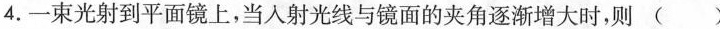
4.一束光射到平面镜上，当入射光线与镜面的夹角逐渐增大时，则( )